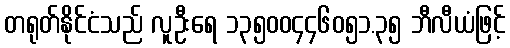
တရုတ်နိုင်ငံသည် လူဦးရေ ၁၃၅၀၀၄၄၆၀၅၁.၃၅ ဘီလီယံဖြင့်